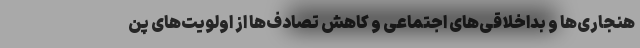
هنجاری‌ها و بداخلاقی‌های اجتماعی و کاهش تصادف‌ها از اولویت‌های پن